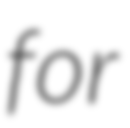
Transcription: for